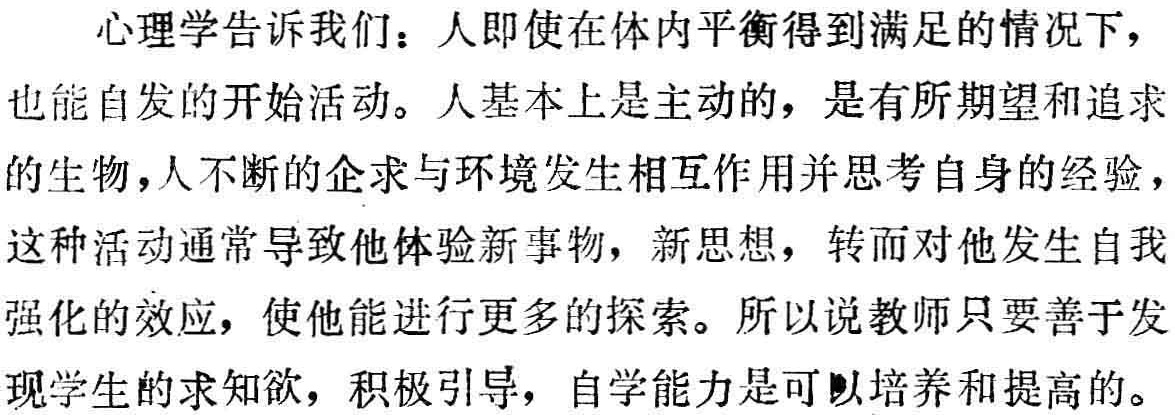
心理学告诉我们：人即使在体内平衡得到满足的情况下，也能自发的开始活动。人基本上是主动的，是有所期望和追求的生物，人不断的企求与环境发生相互作用并思考自身的经验，这种活动通常导致他体验新事物，新思想，转而对他发生自我强化的效应，使他能进行更多的探索。所以说教师只要善于发现学生的求知欲，积极引导，自学能力是可以培养和提高的。